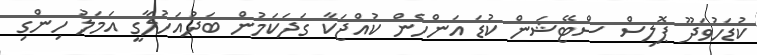
ކުޑަހުވަދޫ ޕޮލިސް ސްޓޭޝަން ކުޑަ އަންހެން ކުއްޖަކާ ގަދަކަމުން ބަދުއަހުލާގީ އަމަލު ހިންގި